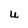
Character: U